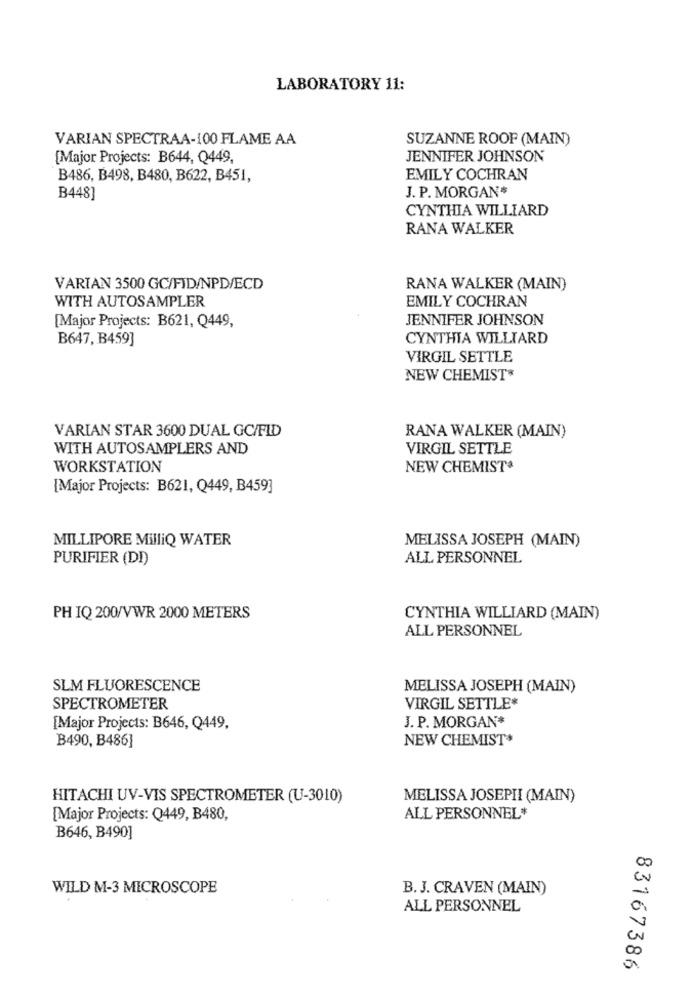
LABORATORY 11:
VARIAN SPECTRAA-100 FLAME AA
SUZANNE ROOF (MAIN)
[Major Projects: B644, Q449,
JENNIFER JOHNSON
B486, B498, B480, B622, B451,
EMILY COCHRAN
J. P. MORGAN*
B448]
CYNTHIA WILLIARD
RANA WALKER
VARIAN 3500 GC/FID/NPD/ECD
RANA WALKER (MAIN)
WITH AUTOSAMPLER
EMILY COCHRAN
[Major Projects: B621, Q449,
JENNIFER JOHNSON
B647, B459]
CYNTHIA WILLIARD
VIRGIL SETTLE
NEW CHEMIST
VARIAN STAR 3600 DUAL GC/FID
RANA WALKER (MAIN)
WITH AUTOSAMPLERS AND
VIRGIL SETTLE
WORKSTATION
NEW CHEMIST*
[Major Projects: B621, Q449, B459]
MILLIPORE MilliQ WATER
MELISSA JOSEPH (MAIN)
PURIFIER (DI)
ALL PERSONNEL
PH IQ 200/VWR 2000 METERS
CYNTHIA WILLIARD (MAIN)
ALL PERSONNEL
SLM FLUORESCENCE
MELISSA JOSEPH (MAIN)
SPECTROMETER
VIRGIL SETTLE*
J. P. MORGAN*
[Major Projects: B646, Q449,
B490, B486]
NEW CHEMIST*
HITACHI UV-VIS SPECTROMETER (U-3010)
MELISSA JOSEPHI (MAIN)
[Major Projects: Q449, B480,
ALL PERSONNEL*
B646, B490]
WILD M-3 MICROSCOPE
B. J. CRAVEN (MAIN)
ALL PERSONNEL
a
00
83167386